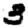
Digit: 3